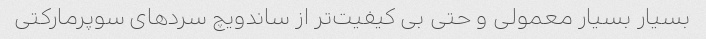
بسیار بسیار معمولی و حتی بی کیفیت‌تر از ساندویچ سردهای سوپرمارکتی